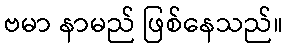
ဗမာ နာမည် ဖြစ်နေသည်။